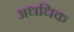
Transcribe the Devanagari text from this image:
अधधिक